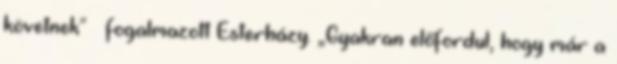
követnek" – fogalmazott Esterházy. „Gyakran előfordul, hogy már a